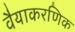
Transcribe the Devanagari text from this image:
वैयाकरणिक